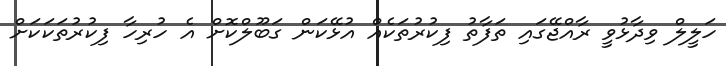
ހަލީލް ވިދާޅުވީ ރާއްޖޭގައި ތަފާތު ފިކުރުތަކެއް އުޅޭކަން ގަބޫލްކޮށް އެ ހުރިހާ ފިކުރުތަކަކަށް